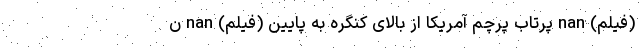
(فیلم) nan پرتاب پرچم آمریکا از بالای کنگره به پایین (فیلم) nan ن